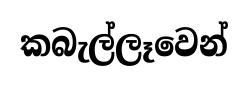
කබැල්ලෑවෙන්